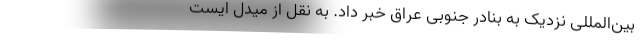
بین‌المللی نزدیک به بنادر جنوبی عراق خبر داد. به نقل از میدل ایست